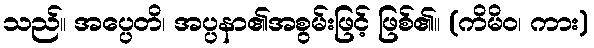
သည်။ အပ္ပေတိ၊ အပ္ပနာ၏အစွမ်းဖြင့် ဖြစ်၏။ (ကိမိဝ၊ ကား)